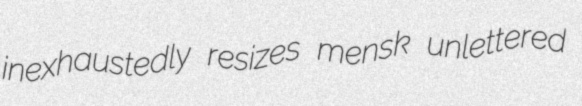
inexhaustedly resizes mensk unlettered